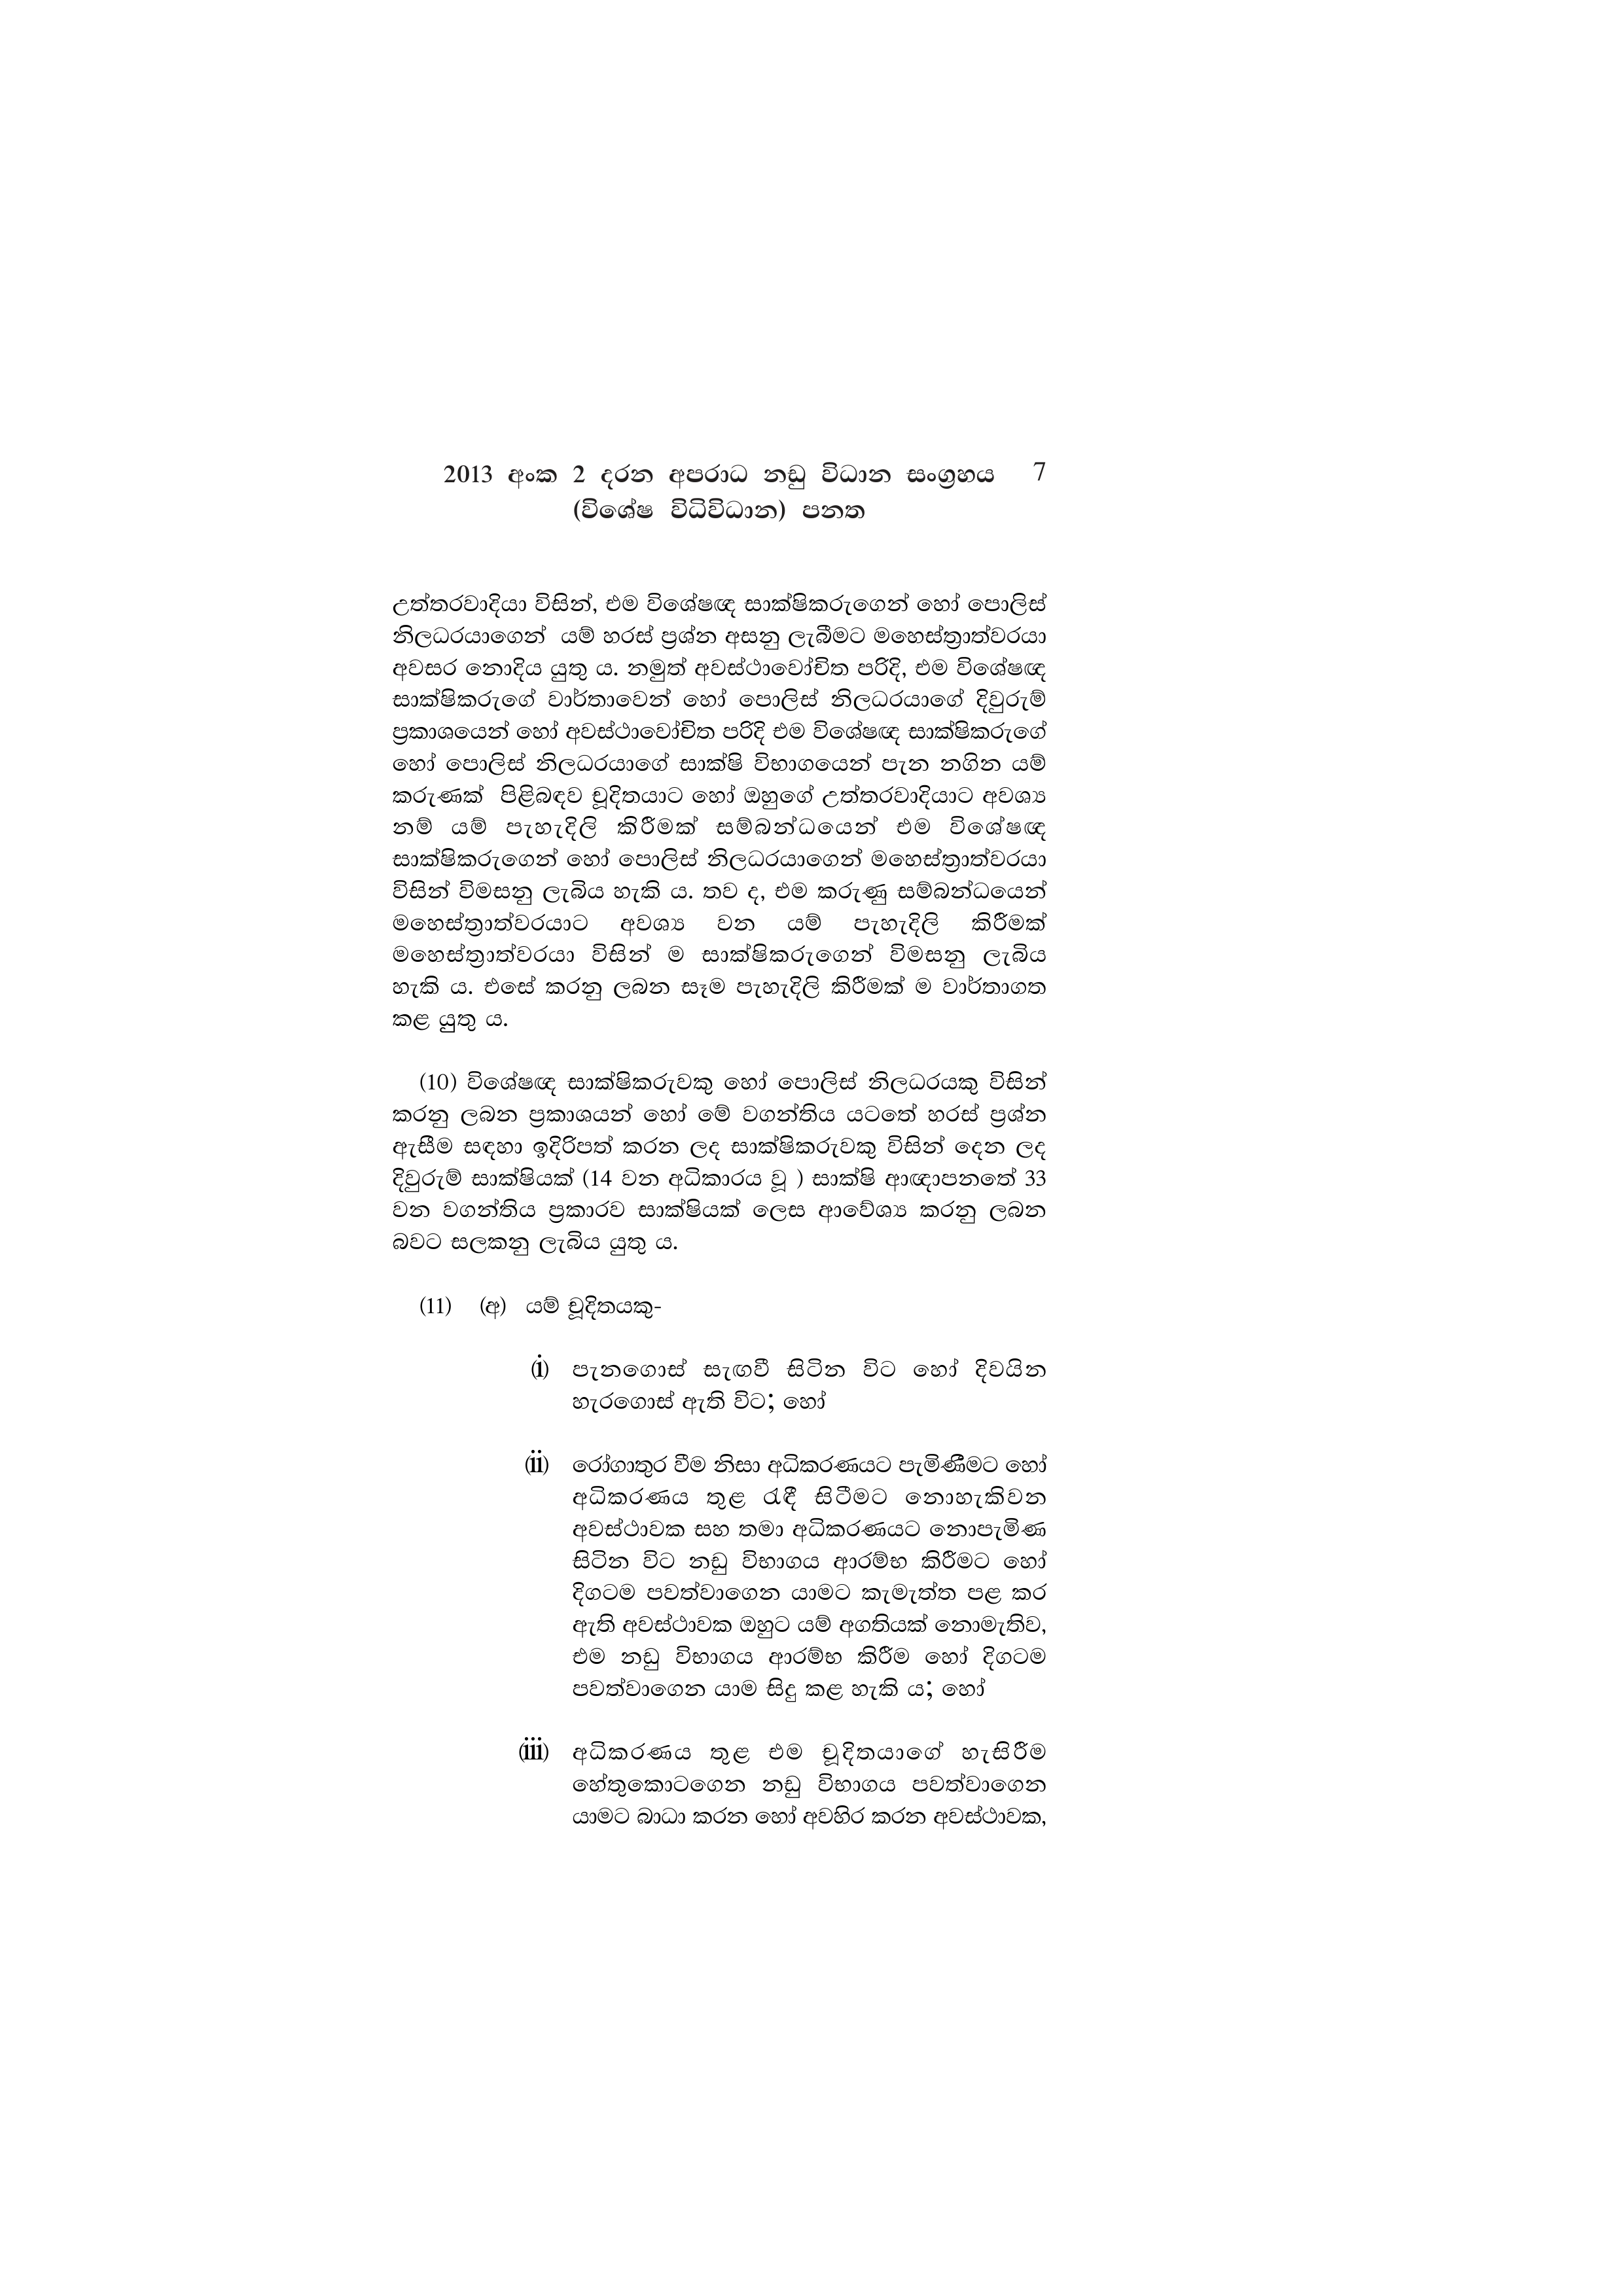
2013 අංක 2 දරන අපරාධ නඩු විධාන සංග්‍රහය 7
(විශේෂ විධිවිධාන) පනත

උත්තරවාදියා විසින්, එම විශේෂඥ සාක්ෂිකරුගෙන් හෝ පොලිස්
නිලධරයාගෙන් යම් හරස් ප්‍රශ්න අසනු ලැබීමට මහෙස්ත්‍රාත්වරයා
අවසර නොදිය යුතු ය. නමුත් අවස්ථාවෝචිත පරිදි, එම විශේෂඥ
සාක්ෂිකරුගේ වාර්තාවෙන් හෝ පොලිස් නිලධරයාගේ දිවුරුම්
ප්‍රකාශයෙන් හෝ අවස්ථාවෝචිත පරිදි එම විශේෂඥ සාක්ෂිකරුගේ
හෝ පොලිස් නිලධරයාගේ සාක්ෂි විභාගයෙන් පැන නගින යම්
කරුණක් පිළිබඳව චූදිතයාට හෝ ඔහුගේ උත්තරවාදියාට අවශ්‍ය
නම් යම් පැහැදිලි කිරීමක් සම්බන්ධයෙන් එම විශේෂඥ
සාක්ෂිකරුගෙන් හෝ පොලිස් නිලධරයාගෙන් මහෙස්ත්‍රාත්වරයා
විසින් විමසනු ලැබිය හැකි ය. තව ද, එම කරුණු සම්බන්ධයෙන්
මහෙස්ත්‍රාත්වරයාට අවශ්‍ය වන යම් පැහැදිලි කිරීමක්
මහෙස්ත්‍රාත්වරයා විසින් ම සාක්ෂිකරුගෙන් විමසනු ලැබිය
හැකි ය. එසේ කරනු ලබන සෑම පැහැදිලි කිරීමක් ම වාර්තාගත
කළ යුතු ය.

(10) විශේෂඥ සාක්ෂිකරුවකු හෝ පොලිස් නිලධරයකු විසින්
කරනු ලබන ප්‍රකාශයන් හෝ මේ වගන්තිය යටතේ හරස් ප්‍රශ්න
ඇසීම සඳහා ඉදිරිපත් කරන ලද සාක්ෂිකරුවකු විසින් දෙන ලද
දිවුරුම් සාක්ෂියක් (14 වන අධිකාරය වූ ) සාක්ෂි ආඥාපනතේ 33
වන වගන්තිය ප්‍රකාරව සාක්ෂියක් ලෙස ආවේශ්‍ය කරනු ලබන
බවට සලකනු ලැබිය යුතු ය.

(11) (අ) යම් චූදිතයකු-

(i) පැනගොස් සැඟවී සිටින විට හෝ දිවයින
හැරගොස් ඇති විට; හෝ

(ii) රෝගාතුර වීම නිසා අධිකරණයට පැමිණීමට හෝ
අධිකරණය තුළ රැඳී සිටීමට නොහැකිවන
අවස්ථාවක සහ තමා අධිකරණයට නොපැමිණ
සිටින විට නඩු විභාගය ආරම්භ කිරීමට හෝ
දිගටම පවත්වාගෙන යාමට කැමැත්ත පළ කර
ඇති අවස්ථාවක ඔහුට යම් අගතියක් නොමැතිව,
එම නඩු විභාගය ආරම්භ කිරීම හෝ දිගටම
පවත්වාගෙන යාම සිදු කළ හැකි ය; හෝ

(iii) අධිකරණය තුළ එම චූදිතයාගේ හැසිරීම
හේතුකොටගෙන නඩු විභාගය පවත්වාගෙන
යාමට බාධා කරන හෝ අවහිර කරන අවස්ථාවක,